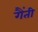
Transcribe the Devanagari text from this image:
गैंती